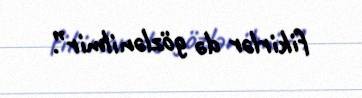
fikirlər də gözlənilmir”.